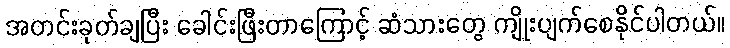
အတင်းခုတ်ချပြီး ခေါင်းဖြီးတာကြောင့် ဆံသားတွေ ကျိုးပျက်စေနိုင်ပါတယ်။